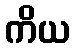
ကိယ